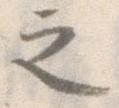
之